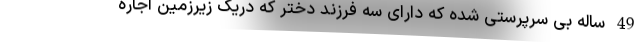
49 ساله بی سرپرستی شده که دارای سه فرزند دختر که دریک زیرزمین اجاره